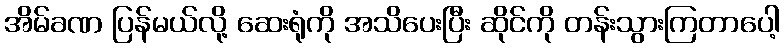
အိမ်ခဏ ပြန်မယ်လို့ ဆေးရုံကို အသိပေးပြီး ဆိုင်ကို တန်းသွားကြတာပေါ့